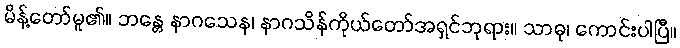
မိန့်တော်မူ၏။ ဘန္တေ နာဂသေန၊ နာဂသိန်ကိုယ်တော်အရှင်ဘုရား။ သာဓု၊ ကောင်းပါပြီ။